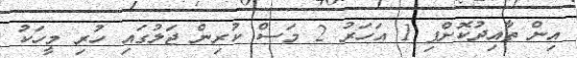
އިން ތާއިދުކޮށްފި 1 އަހަރު 2 މަސް ކުރިން ޖަލުގައި ހުރި މީހަކު